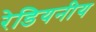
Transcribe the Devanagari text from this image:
रेडियनीय